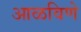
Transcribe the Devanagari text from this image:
आळविणे